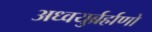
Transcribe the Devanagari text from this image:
अध्वयुर्ब्रर्ह्मणो